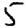
Digit: 5